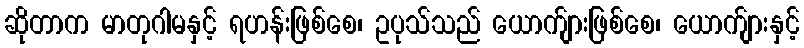
ဆိုတာက မာတုဂါမနှင့် ရဟန်းဖြစ်စေ၊ ဥပုသ်သည် ယောက်ျားဖြစ်စေ၊ ယောက်ျားနှင့်